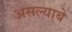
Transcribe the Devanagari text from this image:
असल्याबे